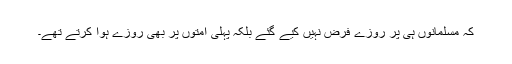
کہ مسلمانوں ہی پر روزے فرض نہیں کیے گئے بلکہ پہلی امتوں پر بھی روزے ہوا کرتے تھے۔